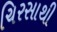
ચિરસાથી